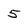
Character: 5